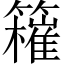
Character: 𥶮